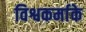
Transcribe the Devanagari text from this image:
विश्वकर्माके